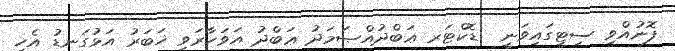
ފޮނުއްވި ސިޓީގައިވަނީ  ޑޮކްޓަރ ޢަބްދުއްޞަމަދު ޢަބްދު އަވަހާރަވީ ޚަބަރު އަޅުގަނޑު އެހީ